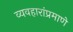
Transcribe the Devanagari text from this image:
व्यवहारांप्रमाणे